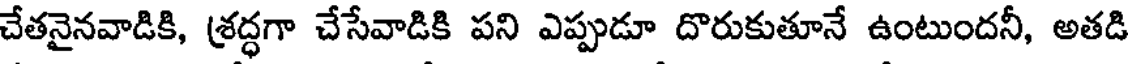
చేతనైనవాడికి, శ్రద్ధగా చేసేవాడికి పని ఎప్పుడూ దొరుకుతూనే ఉంటుందనీ, అతడి